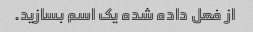
از فعل داده شده یک اسم بسازید.